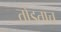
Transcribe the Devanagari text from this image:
तोडताच